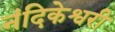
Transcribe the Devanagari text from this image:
नंदिकेश्वरी